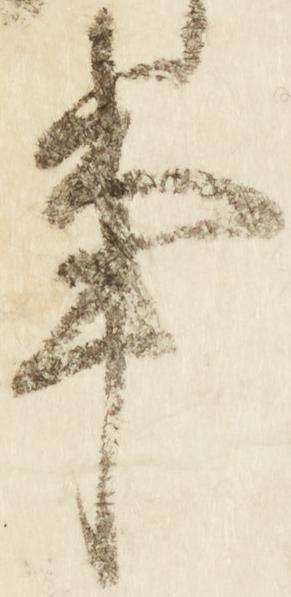
事